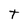
Character: t